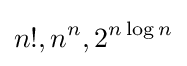
n!,n^{n},2^{n\log n}